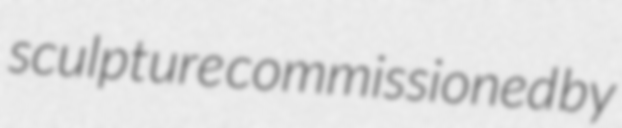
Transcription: sculpture commissioned by